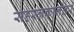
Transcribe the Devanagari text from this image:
सहस्त्रकानंतर